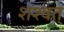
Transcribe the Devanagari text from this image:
शश्वत्